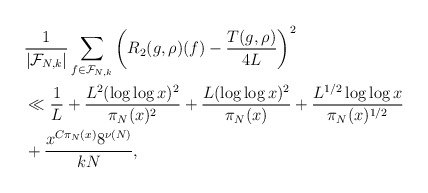
\begin{align*}&\frac{1}{|\mathcal F_{N,k}|} \sum_{f \in \mathcal F_{N,k}} \left(R_2 (g,\rho) (f) - \frac{T(g,\rho)}{4 L}\right)^2\\&\ll \frac{1}{L} + \frac{L^2 (\log \log x)^2}{\pi_N(x)^2} + \frac{L(\log \log x)^2}{\pi_N(x)} + \frac{L^{1/2}\log \log x}{\pi_N(x)^{1/2}}\\& + \frac{x^{C\pi_N(x)}8^{\nu(N)}}{k{N}}, \end{align*}